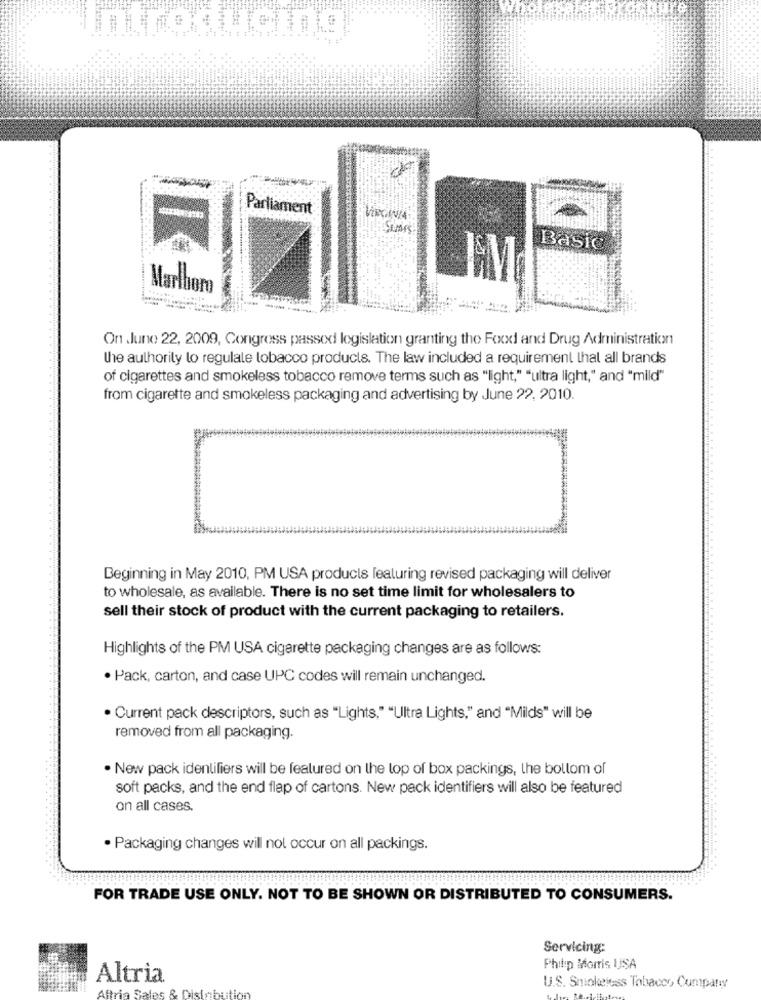
Introducing
Parliament
Basic
Marlboro
On June 22, 2009, Congress passod legislation granting the Food and Drug Administration
the authority lo regulale tobacco products. The law included a requirement thal all brands
of cigarettes and smokeless tobacco remove terms such as "light," "ultra light," and "mild"
from cigarette and smokeless packaging and advertising by June 22, 2010.
Beginning in May 2010, PM USA products featuring revised packaging will deliver
to wholesale, as available. There is no set time limit for wholesalers to
sell their stock of product with the current packaging to retailers.
Highlights of the PM USA cigarette packaging changes are as follows:
. Pack, carton, and case UPC codes will remain unchanged.
· Current pack descriptors, such as "Lights," "Ultra Lights," and "Milds" will be
removed from all packaging.
. New pack identifiers will be featured on the top of box packings, the bollom of
soft packs, and the end flap of cartons. New pack identifiers will also be featured
on all cases.
· Packaging changes will not occur on all packings.
FOR TRADE USE ONLY. NOT TO BE SHOWN OR DISTRIBUTED TO CONSUMERS.
Servicing:
Philip Morris USA
Altria
U.S. Smokeless Tobacco, Company
Altria Sales & Disinbuti